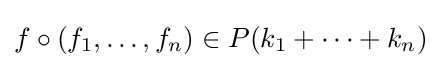
f\circ (f_{1},\ldots ,f_{n})\in P(k_{1}+\cdots +k_{n})